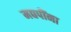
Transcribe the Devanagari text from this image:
मद्यपींना